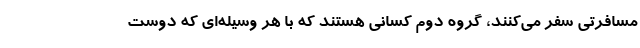
مسافرتی سفر می‌کنند، گروه دوم کسانی هستند که با هر وسیله‌ای که دوست